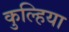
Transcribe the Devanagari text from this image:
कुल्हिया